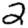
Digit: 2